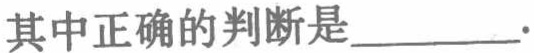
其中正确的判断是________.